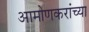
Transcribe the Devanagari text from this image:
आमोणकरांच्या